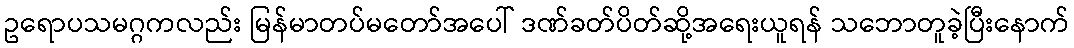
ဥရောပသမဂ္ဂကလည်း မြန်မာတပ်မတော်အပေါ် ဒဏ်ခတ်ပိတ်ဆို့အရေးယူရန် သဘောတူခဲ့ပြီးနောက်